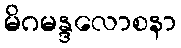
မိဂမန္ဒလောစနာ